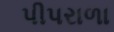
પીપરાળા